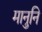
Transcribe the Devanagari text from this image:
मानुनि